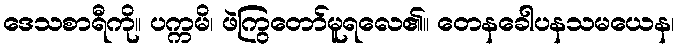
ဒေသစာရီကို။ ပက္ကမိ၊ ဖဲကြွတော်မူရလေ၏။ တေနခေါပနသမယေန၊